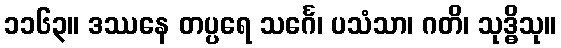
၁၁၆၃။ ဒဿနေ တပ္ပရေ သင်္ဂေ၊ ပသံသာ၊ ဂတိ၊ သုဒ္ဓိသု။